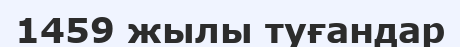
1459 жылы туғандар